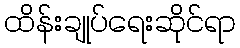
ထိန်းချုပ်ရေးဆိုင်ရာ